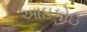
આઇકોઇ